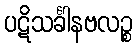
ပဋိသင်္ခါနဗလဉ္စ